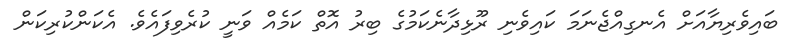
ބައިވެރިޔާއަށް އެނގިއްޖެނަމަ ކައިވެނި ރޫޅިދާނެކަމުގެ ބިރު އޮތް ކަމެއް ވަނީ ކުރެވިފައެވެ. އެކަންކުރިކަން